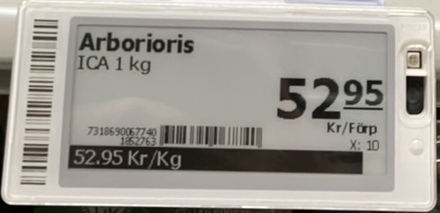
Vara: Arborioris
Genomsnittspris: 52.95 per kg